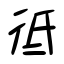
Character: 彽